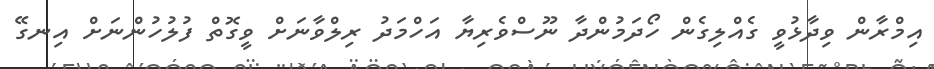
އިމްރާން ވިދާޅުވީ ގެއްލިގެން ހޯދަމުންދާ ނޫސްވެރިޔާ އަހްމަދު ރިލްވާނަށް ވީގޮތް ފުލުހުންނަށް އިނގޭ